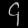
Digit: ၄